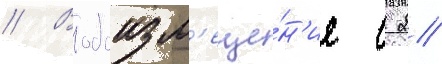
// Водоизм'еще́н'ие с 2/